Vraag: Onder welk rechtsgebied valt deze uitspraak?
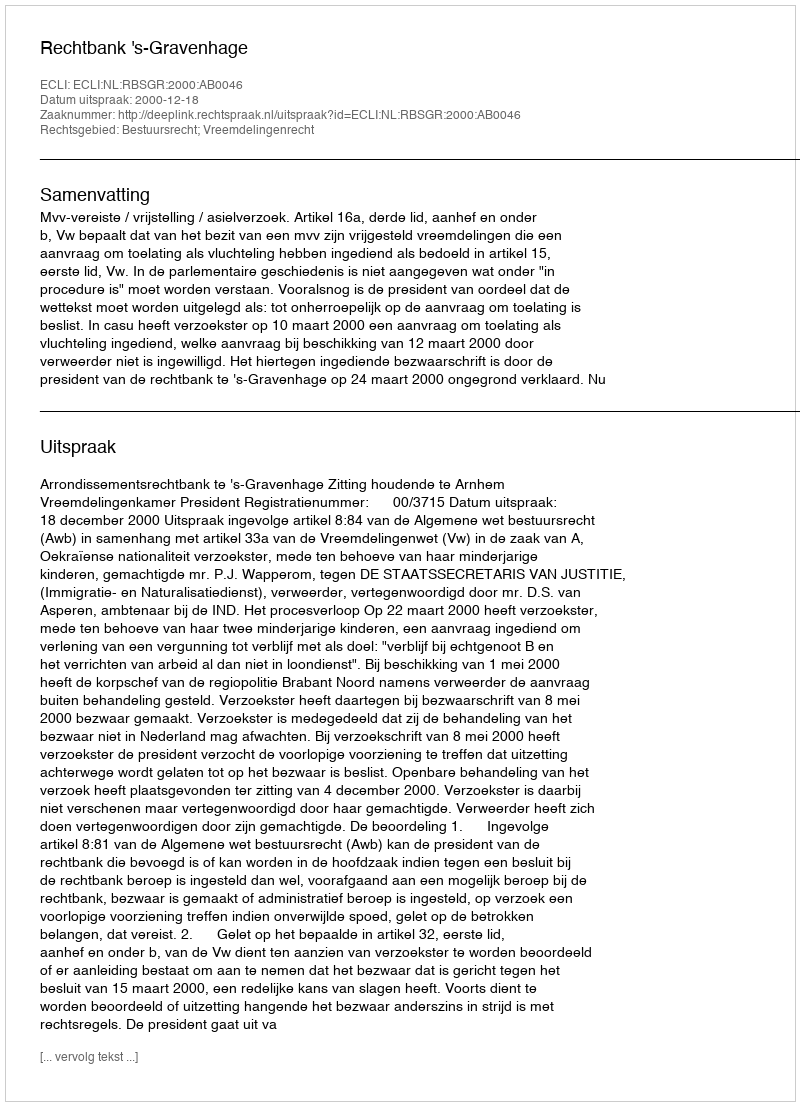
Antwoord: Bestuursrecht; Vreemdelingenrecht